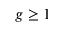
g \geq 1